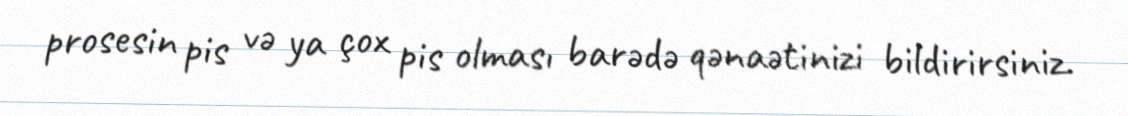
prosesin pis və ya çox pis olması barədə qənaətinizi bildirirsiniz.